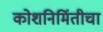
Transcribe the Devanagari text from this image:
कोशनिर्मितीचा